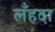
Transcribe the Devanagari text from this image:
लँहदा